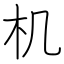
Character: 机